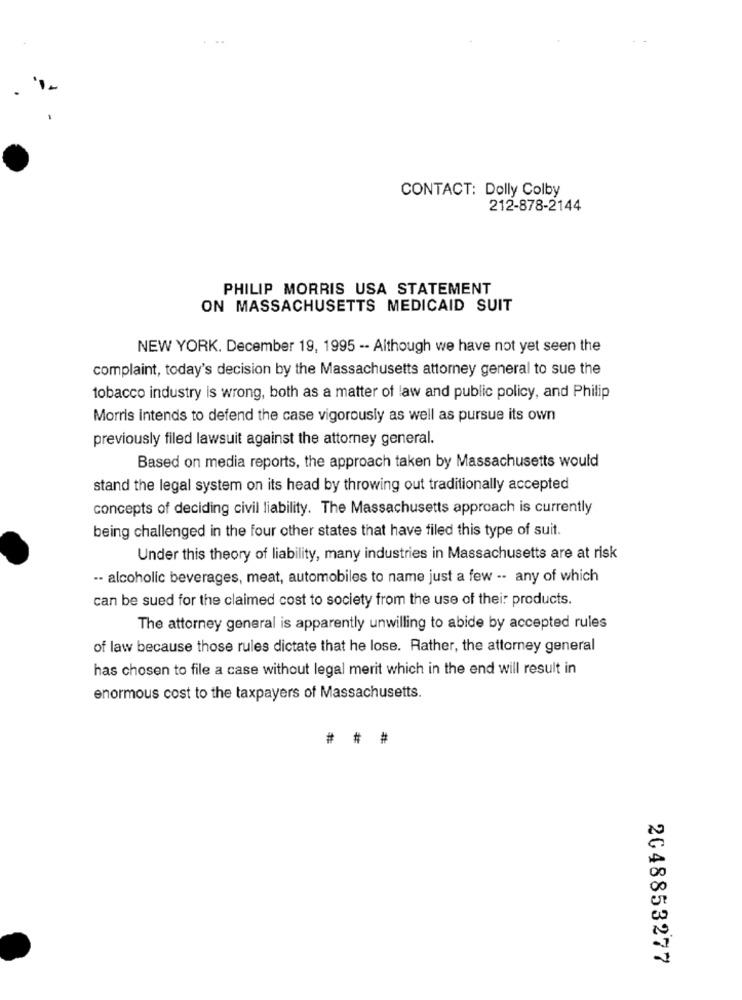
CONTACT: Dolly Colby
212-878-2144
PHILIP MORRIS USA STATEMENT
ON MASSACHUSETTS MEDICAID SUIT
NEW YORK. December 19, 1995 -- Although we have not yet seen the
complaint, today's decision by the Massachusetts attorney general to sue the
tobacco industry is wrong, both as a matter of law and public policy, and Philip
Morris intends to defend the case vigorously as well as pursue its own
previously filed lawsuit against the attorney general.
Based on media reports, the approach taken by Massachusetts would
stand the legal system on its head by throwing out traditionally accepted
concepts of deciding civil liability. The Massachusetts approach is currently
being challenged in the four other states that have filed this type of suit.
Under this theory of liability, many industries in Massachusetts are at risk
-- alcoholic beverages, meat, automobiles to name just a few -- any of which
can be sued for the claimed cost to society from the use of their products.
The attorney general is apparently unwilling to abide by accepted rules
of law because those rules dictate that he lose. Rather, the attorney general
has chosen to file a case without legal merit which in the end will result in
enormous cost to the taxpayers of Massachusetts.
## #
2048853277